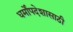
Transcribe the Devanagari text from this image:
धर्मोपदेशासाठी